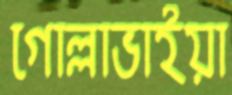
গোল্লাভাইয়া